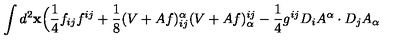
\int d ^ { 2 } \mathrm { \bf x } \Big ( \frac { 1 } { 4 } f _ { i j } f ^ { i j } + \frac { 1 } { 8 } ( V + A f ) _ { i j } ^ { \alpha } ( V + A f ) _ { \alpha } ^ { i j } - \frac { 1 } { 4 } g ^ { i j } D _ { i } A ^ { \alpha } \cdot D _ { j } A _ { \alpha }